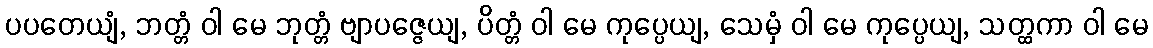
ပပတေယျံ, ဘတ္တံ ဝါ မေ ဘုတ္တံ ဗျာပဇ္ဇေယျ, ပိတ္တံ ဝါ မေ ကုပ္ပေယျ, သေမှံ ဝါ မေ ကုပ္ပေယျ, သတ္ထကာ ဝါ မေ